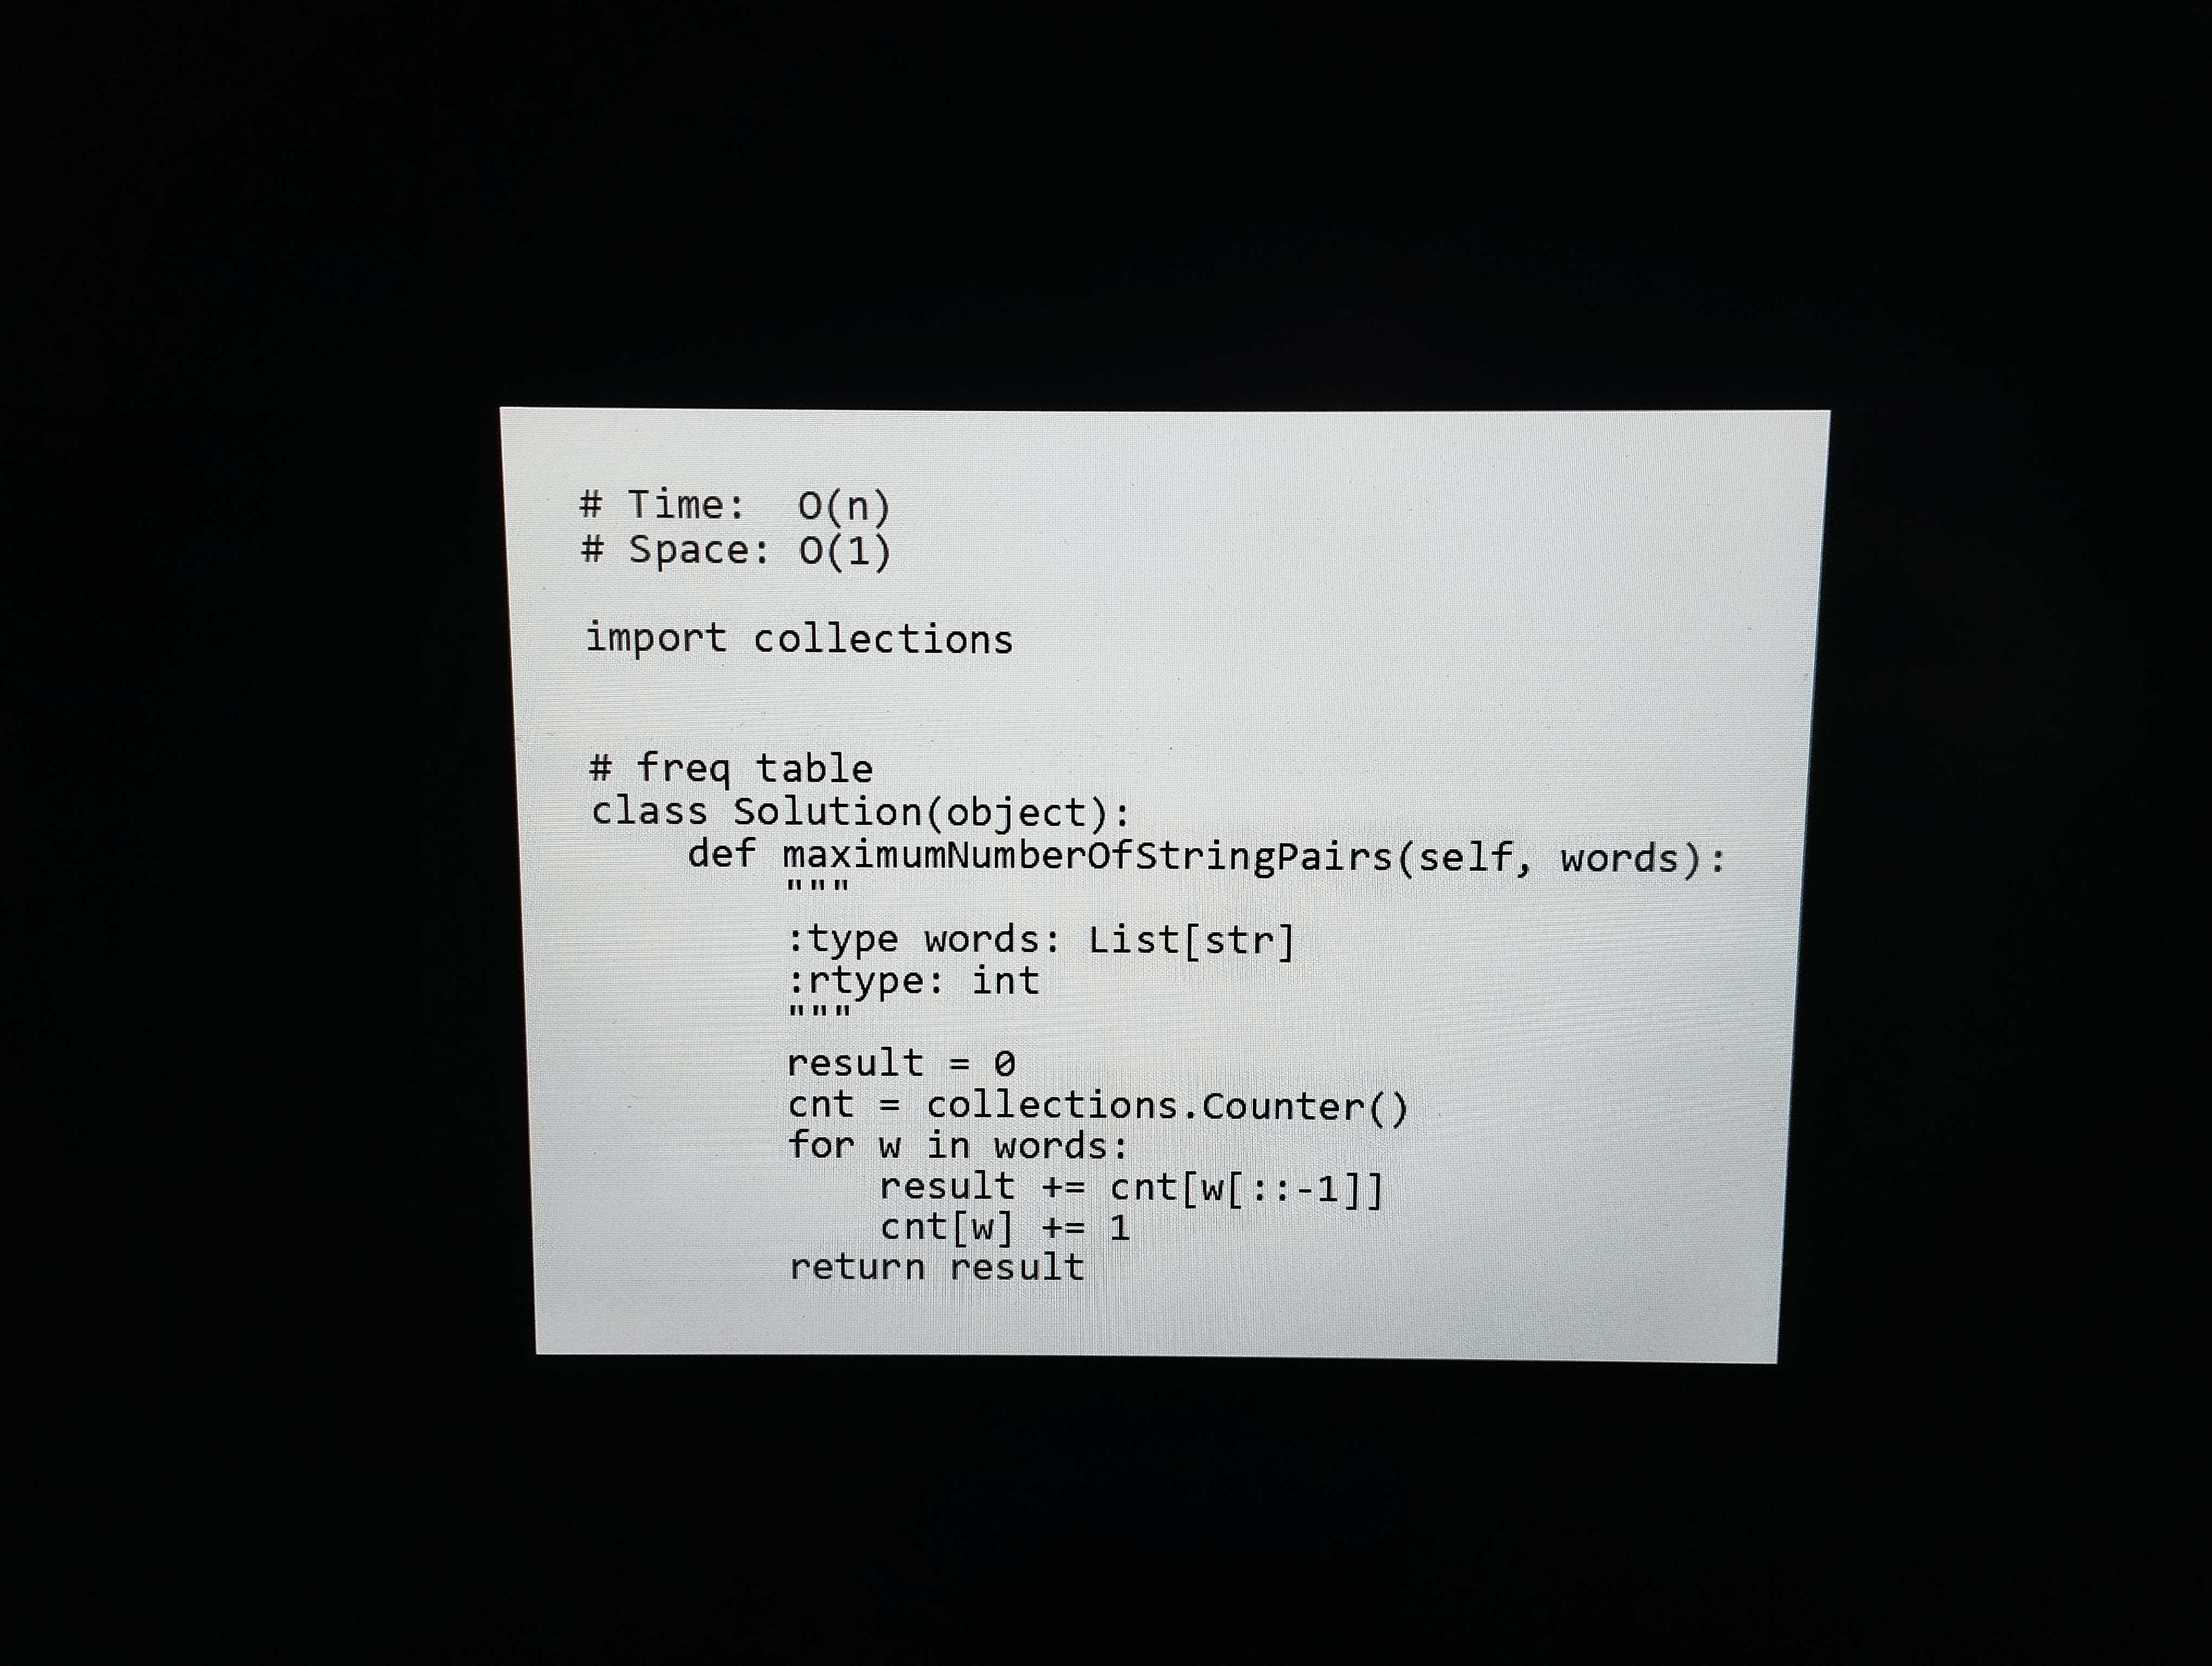
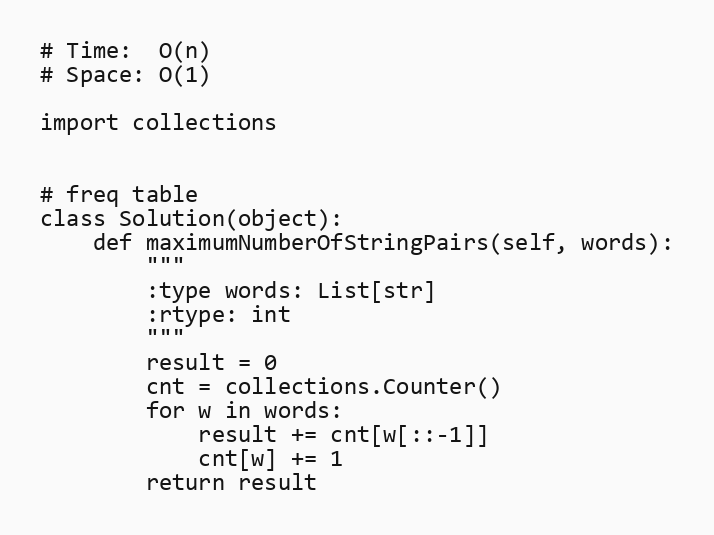
# Time:  O(n)
# Space: O(1)

import collections

# freq table
class Solution(object):
    def maximumNumberOfStringPairs(self, words):
        """
        :type words: List[str]
        :rtype: int
        """
        result = 0
        cnt = collections.Counter()
        for w in words:
            result += cnt[w[::-1]]
            cnt[w] += 1
        return result